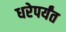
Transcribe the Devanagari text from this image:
धरेपर्यंत